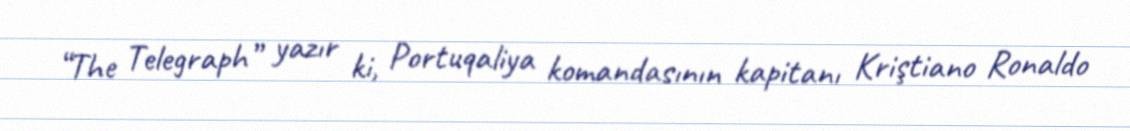
“The Telegraph” yazır ki, Portuqaliya komandasının kapitanı Kriştiano Ronaldo